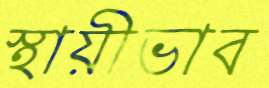
স্থায়ীভাব